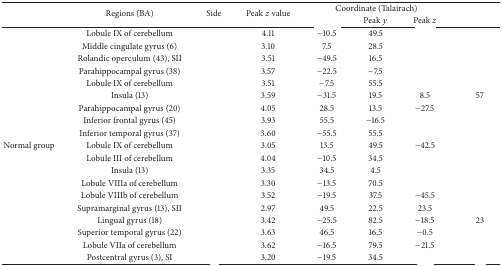
<table><thead><tr><td rowspan="2">[EMPTY_CELL]</td><td rowspan="2"><b>Regions (BA)</b></td><td rowspan="2"><b>Side</b></td><td rowspan="2"><b>Peak <i>z</i> value</b></td><td colspan="3"><b>Coordinate (Talairach)</b></td><td rowspan="2">[EMPTY_CELL]</td></tr><tr><td>[EMPTY_CELL]</td><td><b>Peak <i>y</i></b></td><td><b>Peak <i>z</i></b></td></tr></thead><tbody><tr><td>[EMPTY_CELL]</td><td>Lobule IX of cerebellum</td><td>[EMPTY_CELL]</td><td>4.11 </td><td>−10.5</td><td>49.5</td><td>[EMPTY_CELL]</td><td>[EMPTY_CELL]</td></tr><tr><td>[EMPTY_CELL]</td><td>Middle cingulate gyrus (6)</td><td>[EMPTY_CELL]</td><td>3.10</td><td>7.5</td><td>28.5</td><td>[EMPTY_CELL]</td><td>[EMPTY_CELL]</td></tr><tr><td>[EMPTY_CELL]</td><td>Rolandic operculum (43), SII</td><td>[EMPTY_CELL]</td><td>3.51</td><td>−49.5</td><td>16.5</td><td>[EMPTY_CELL]</td><td>[EMPTY_CELL]</td></tr><tr><td>[EMPTY_CELL]</td><td>Parahippocampal gyrus (38)</td><td>[EMPTY_CELL]</td><td>3.57 </td><td>−22.5</td><td>−7.5</td><td>[EMPTY_CELL]</td><td>[EMPTY_CELL]</td></tr><tr><td>[EMPTY_CELL]</td><td>Lobule IX of cerebellum</td><td>[EMPTY_CELL]</td><td>3.51 </td><td>−7.5</td><td>55.5</td><td>[EMPTY_CELL]</td><td>[EMPTY_CELL]</td></tr><tr><td>[EMPTY_CELL]</td><td>Insula (13)</td><td>[EMPTY_CELL]</td><td>3.59 </td><td>−31.5</td><td>19.5</td><td>8.5</td><td>57</td></tr><tr><td>[EMPTY_CELL]</td><td>Parahippocampal gyrus (20)</td><td>[EMPTY_CELL]</td><td>4.05 </td><td>28.5</td><td>13.5</td><td>−27.5</td><td>[EMPTY_CELL]</td></tr><tr><td>[EMPTY_CELL]</td><td>Inferior frontal gyrus (45)</td><td>[EMPTY_CELL]</td><td>3.93 </td><td>55.5</td><td>−16.5</td><td>[EMPTY_CELL]</td><td>[EMPTY_CELL]</td></tr><tr><td>[EMPTY_CELL]</td><td>Inferior temporal gyrus (37)</td><td>[EMPTY_CELL]</td><td>3.60 </td><td>−55.5</td><td>55.5</td><td>[EMPTY_CELL]</td><td>[EMPTY_CELL]</td></tr><tr><td>Normal group</td><td>Lobule IX of cerebellum</td><td>[EMPTY_CELL]</td><td>3.05 </td><td>13.5</td><td>49.5</td><td>−42.5</td><td>[EMPTY_CELL]</td></tr><tr><td>[EMPTY_CELL]</td><td>Lobule III of cerebellum</td><td>[EMPTY_CELL]</td><td>4.04 </td><td>−10.5</td><td>34.5</td><td>[EMPTY_CELL]</td><td>[EMPTY_CELL]</td></tr><tr><td>[EMPTY_CELL]</td><td>Insula (13)</td><td>[EMPTY_CELL]</td><td>3.35 </td><td>34.5</td><td>4.5</td><td>[EMPTY_CELL]</td><td>[EMPTY_CELL]</td></tr><tr><td>[EMPTY_CELL]</td><td>Lobule VIIIa of cerebellum</td><td>[EMPTY_CELL]</td><td>3.30 </td><td>−13.5</td><td>70.5</td><td>[EMPTY_CELL]</td><td>[EMPTY_CELL]</td></tr><tr><td>[EMPTY_CELL]</td><td>Lobule VIIIb of cerebellum</td><td>[EMPTY_CELL]</td><td>3.52 </td><td>−19.5</td><td>37.5</td><td>−45.5</td><td>[EMPTY_CELL]</td></tr><tr><td>[EMPTY_CELL]</td><td>Supramarginal gyrus (13), SII</td><td>[EMPTY_CELL]</td><td>2.97</td><td>49.5</td><td>22.5</td><td>23.5</td><td>[EMPTY_CELL]</td></tr><tr><td>[EMPTY_CELL]</td><td>Lingual gyrus (18)</td><td>[EMPTY_CELL]</td><td>3.42</td><td>−25.5</td><td>82.5</td><td>−18.5</td><td>23</td></tr><tr><td>[EMPTY_CELL]</td><td>Superior temporal gyrus (22)</td><td>[EMPTY_CELL]</td><td>3.63</td><td>46.5</td><td>16.5</td><td>−0.5</td><td>[EMPTY_CELL]</td></tr><tr><td>[EMPTY_CELL]</td><td>Lobule VIIa of cerebellum</td><td>[EMPTY_CELL]</td><td>3.62</td><td>−16.5</td><td>79.5</td><td>−21.5</td><td>[EMPTY_CELL]</td></tr><tr><td>[EMPTY_CELL]</td><td>Postcentral gyrus (3), SI</td><td>[EMPTY_CELL]</td><td>3.20</td><td>−19.5</td><td>34.5</td><td>[EMPTY_CELL]</td><td>[EMPTY_CELL]</td></tr></tbody></table>